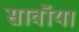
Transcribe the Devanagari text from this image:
सावॉया